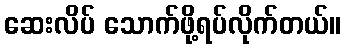
ဆေးလိပ် သောက်ဖို့ရပ်လိုက်တယ်။